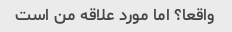
واقعا؟ اما مورد علاقه من است